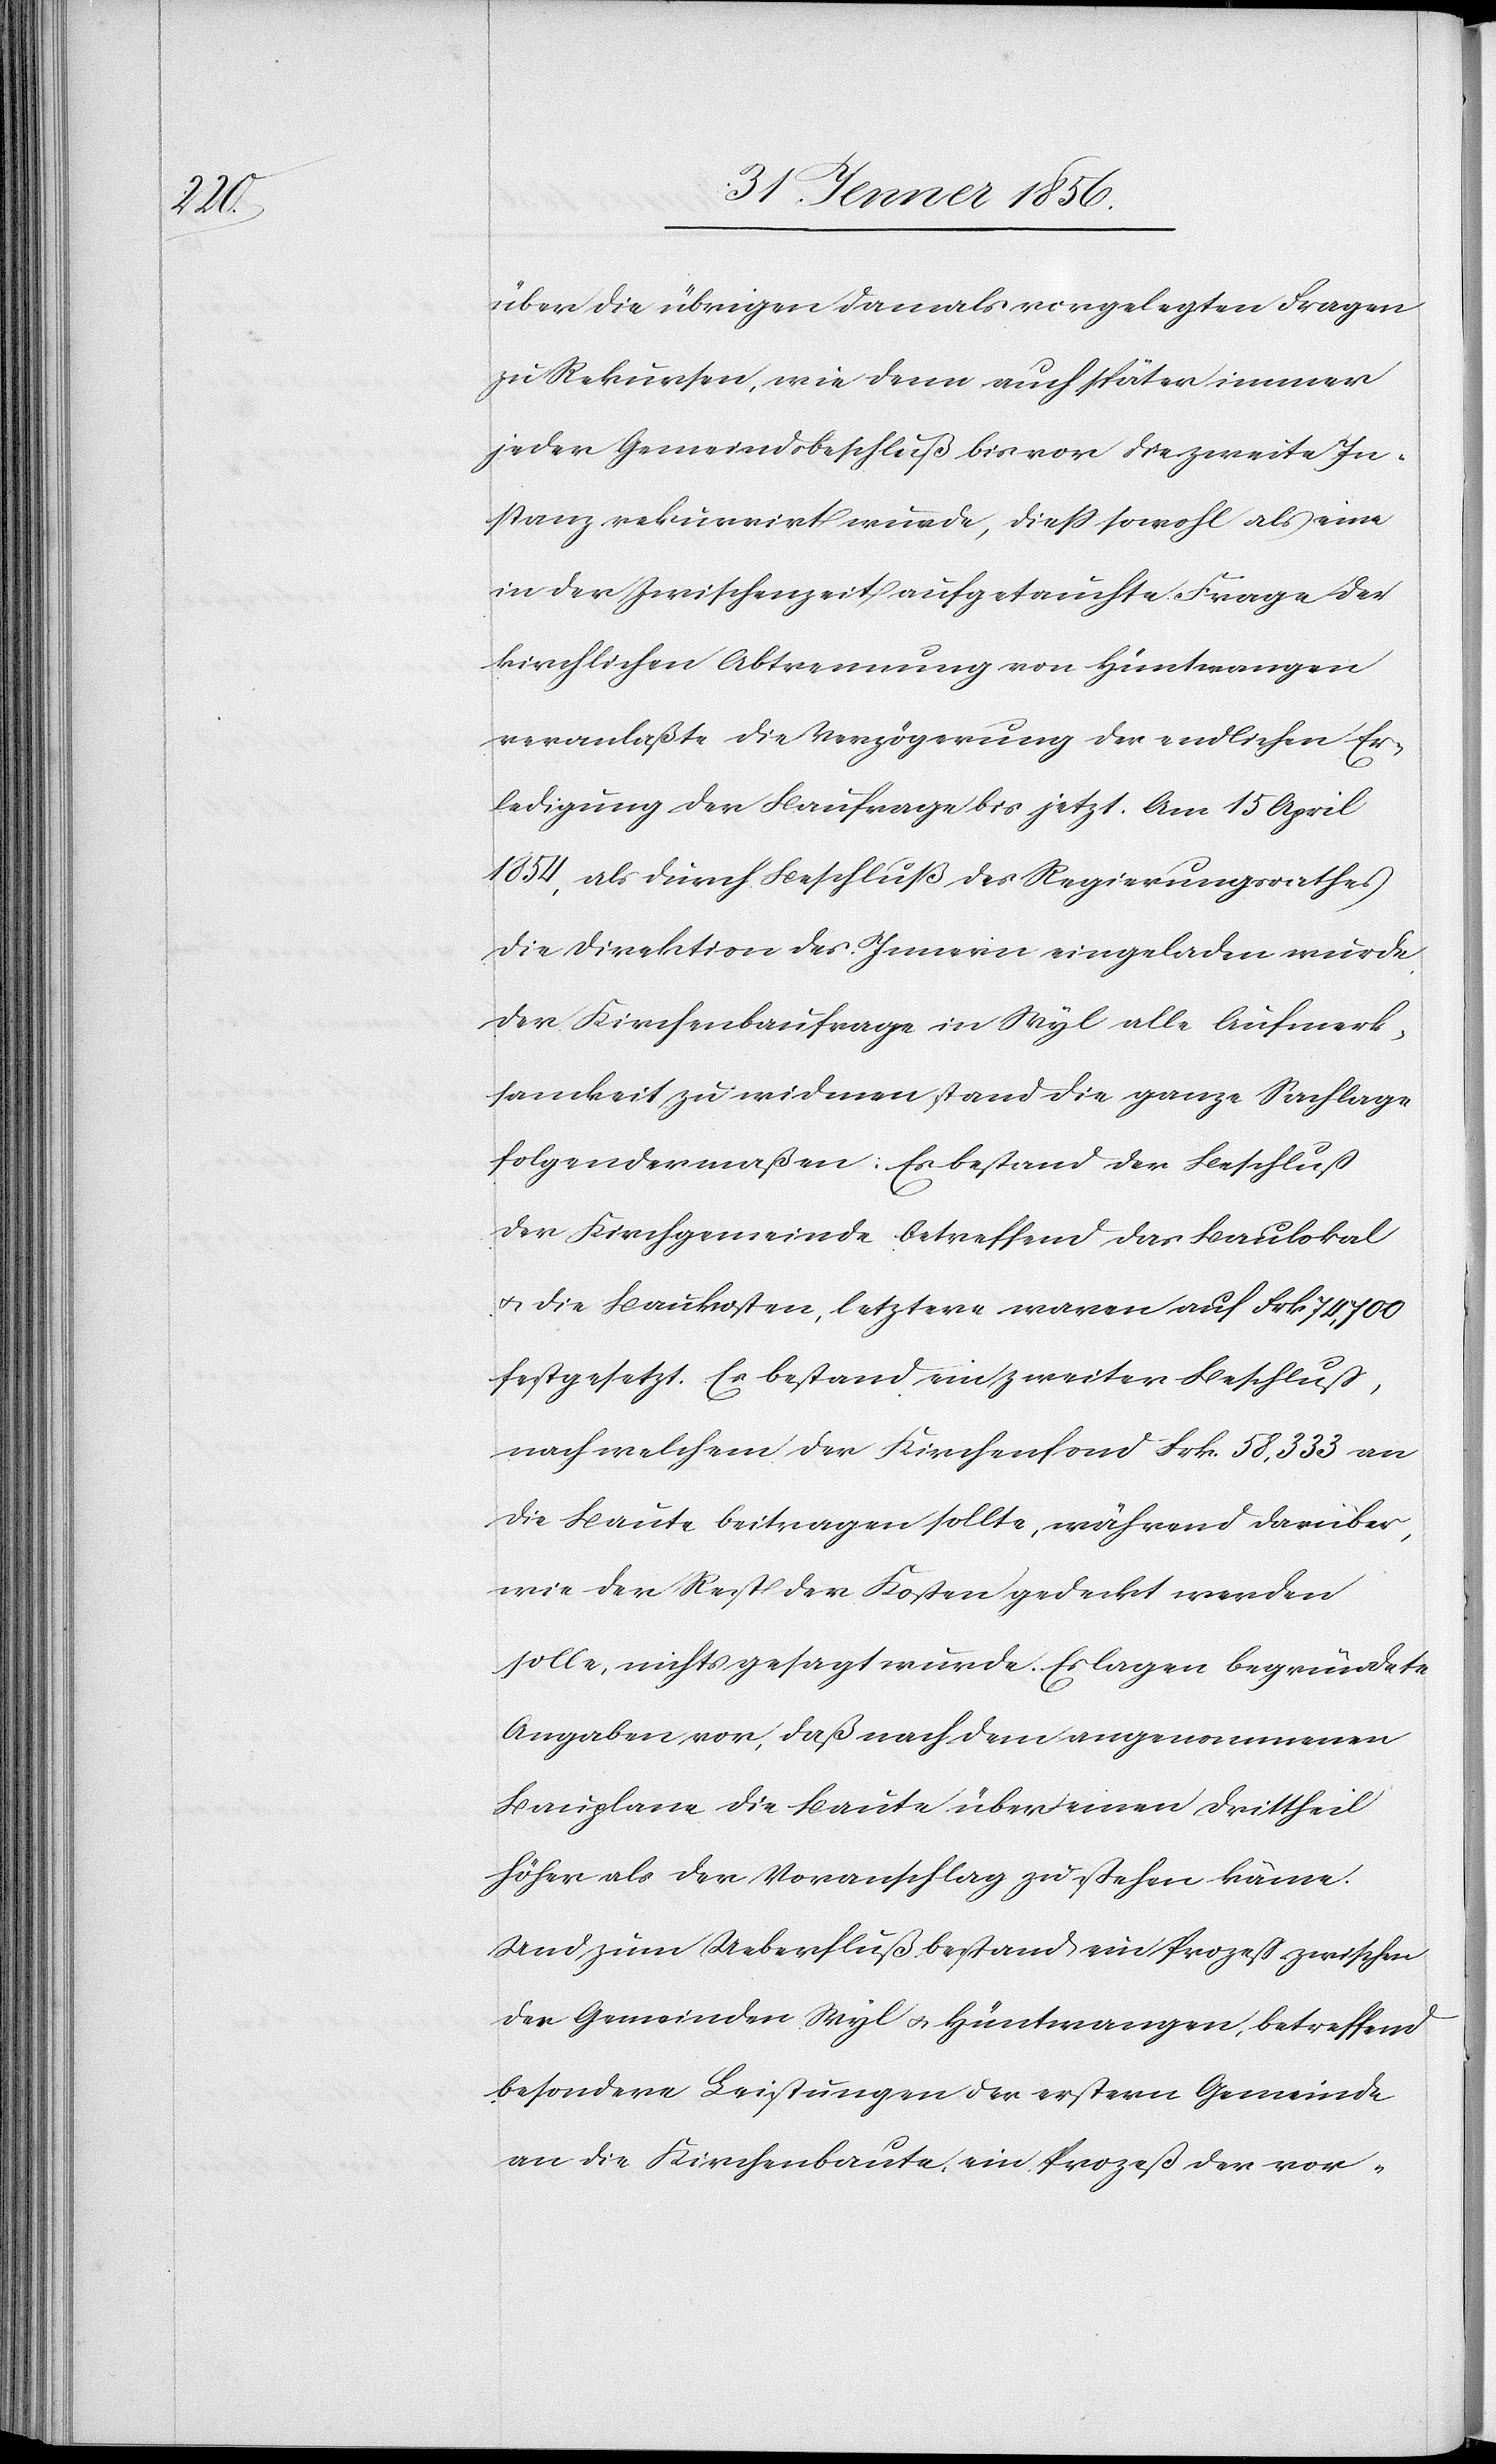
der

über die übrigen damals vorgelegten Fragen
zu Rekursen, wie denn auch später immer
jeder Gemeindsbeschluß bis vor die zweite In¬
stanz rekurrirt wurde, dieß sowohl als eine
in der Zwischenzeit aufgetauchte Frage der
kirchlichen Abtrennung von Hüntwangen
veranlaßte die Verzögerung der endlichen Er¬
ledigung der Baufrage bis jetzt. Am 15 April
1854, als durch Beschluß des Regierungsrathes
die Direktion des Innern eingeladen wurde,
der Kirchenbaufrage in Wyl alle Aufmerk¬
samkeit zu widmen, stand die ganze Sachlage
folgendermaßen: Es bestand der Beschluß
der Kirchgemeinde betreffend das Baulokal
u. die Baukosten, letztere waren auf Frk 74,700
festgesetzt. Es bestand ein zweiter Beschluß,
nach welchem der Kirchenfond Frk. 58,333 an
die Baute beitragen sollte, während darüber,
wie der Rest der Kosten gedeckt werden
solle, nichts gesagt wurde. Es lagen begründete
Angaben vor, daß nach dem angenommenen
Bauplane die Baute über einen Drittheil
höher als der Voranschlag zu stehen käme.
Und zum Ueberfluß bestand ein Prozeß zwischen
Gemeinden Wyl u. Hüntwangen, betreffend
besondere Leistungen der erstern Gemeinde
an die Kirchenbaute, ein Prozeß der vor-